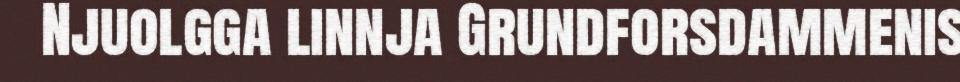
Njuolgga linnja Grundforsdammenis